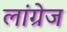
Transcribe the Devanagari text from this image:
लांग्रेज